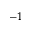
- 1